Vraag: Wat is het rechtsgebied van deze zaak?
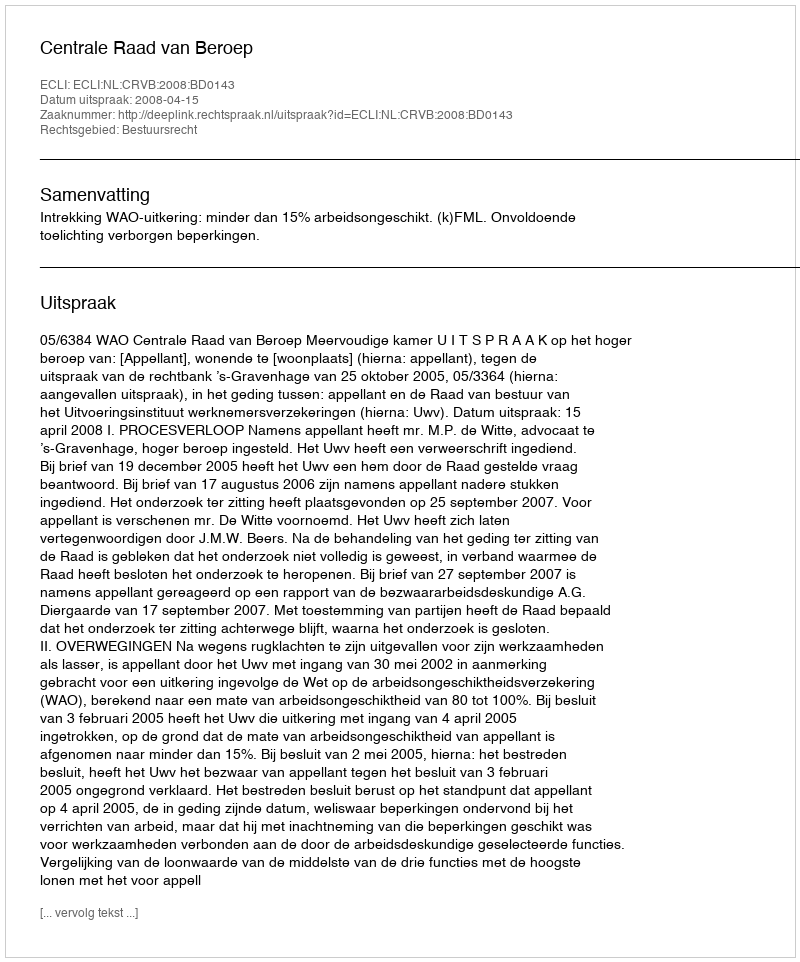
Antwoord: Bestuursrecht